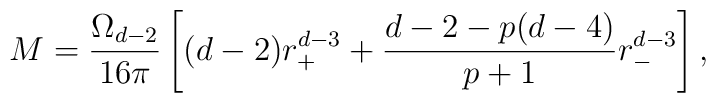
M=\frac{\Omega _{d-2}}{16\pi}\left[(d-2)r_+^{d-3}+\frac{d-2-p(d-4)}{p+1}r_-^{d-3}\right],